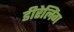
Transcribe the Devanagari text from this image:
डीरेलिंग